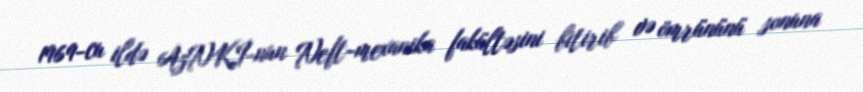
1969-cu ildə AzNKİ-nun Neft-mexanika fakültəsini bitirib və ömrününü sonuna